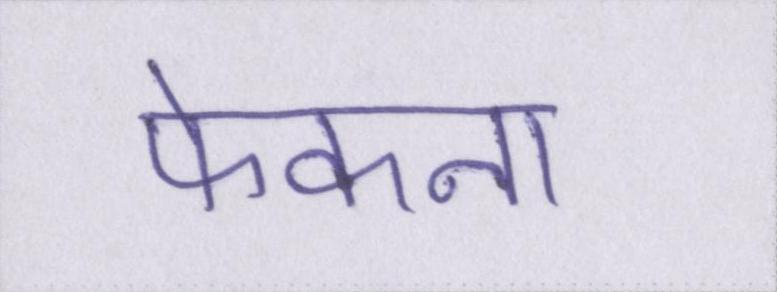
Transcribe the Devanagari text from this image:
फेकना